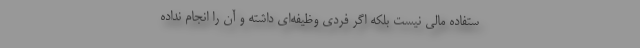
ستفاده مالی نیست بلکه اگر فردی وظیفه‌ای داشته و آن را انجام نداده